Annual report of the Punjab Veterinary College and of the Civil Veterinary Department, Punjab - 1920-1925
Year: 1920
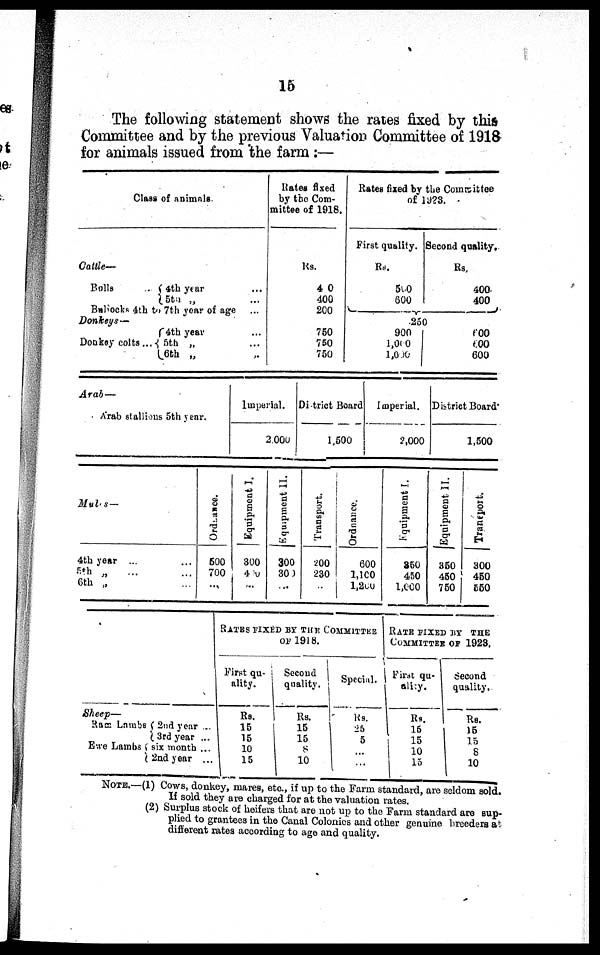
15
The following statement shows the rates fixed by this
Committee and by the previous Valuation Committee of 1918
for animals issued from the farm :—
Class of ani mal s.
Cattle—
Bulls
.. 4th year ...
5th „ ...
Bul l ocks 4th to 7th year of age ...
Donkeys—
Donkey colts ... 4th year ...
5th „ ...
6th „ ..
Rates fi xed
by the Com-
mittee of 1918.
Rs.
40
400
200
750
750
750
Rates fi xed by the Committee
of 1923.
First quality.
Rs.
500
600
Second quality.
Rs.
400
400
250
900
1, 000
1,000
600
600
600
Arab —
Arab stallions 5th year.
Mules—
4th year ... ...
5th „ ... ...
6th „ ...
Ordnance.
500
700
...
Imperial
2,000
Equipment I.
300
400
...
Equipment II.
300
300
...
District Board
1, 500
Transport.
200
230
...
Ordnance.
Imperial.
2, 000
600
1,100
1,200
Equipment I.
350
450
1, 000
District Board
1, 500
Equipment II.
350
450
750
Transport.
300
450
550
Sheep—
Ram Lambs
Ewe Lambs
2nd year ...
3rd year ...
six mont h ...
2nd year ...
RATES FIXED BY THE COMMITTEE
OF 1918.
First qu-
ality.
Rs.
15
15
10
15
Second
quality.
Rs.
15
15
8
10
Special.
Rs.
25
5
...
...
RATE FIXED BY THE
COMMI TTEE OF 1923.
First qu-
ality.
Rs.
15
15 10
15
Second
quality.
Rs.
15
15
8
10
NOTE. —(1) Cows, donkey, mares, etc., if up to the Farm standard, are sel dom sold.
If sold they are charged for at the valuation rates.
(2) Surplus stock of heifers that are not up to the Farm standard are sup-
plied to grantees in the Canal Colonies and other genuine breeders at
different rates according to age and quality.